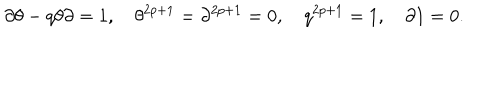
\partial \theta - q \theta \partial = 1 , \quad \theta ^ { 2 p + 1 } = \partial ^ { 2 p + 1 } = 0 , \quad q ^ { 2 p + 1 } = 1 , \quad \partial 1 = 0 .